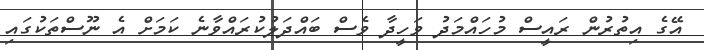
އޭގެ އިތުރުން ރައީސް މުހައްމަދު ވަހީދާ ވެސް ބައްދަލުކުރައްވާނެ ކަމަށް އެ ނޫސްތަކުގައި